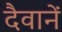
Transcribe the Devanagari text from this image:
दैवानें